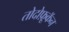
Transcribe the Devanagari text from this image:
तोदोफ़ूकॅन